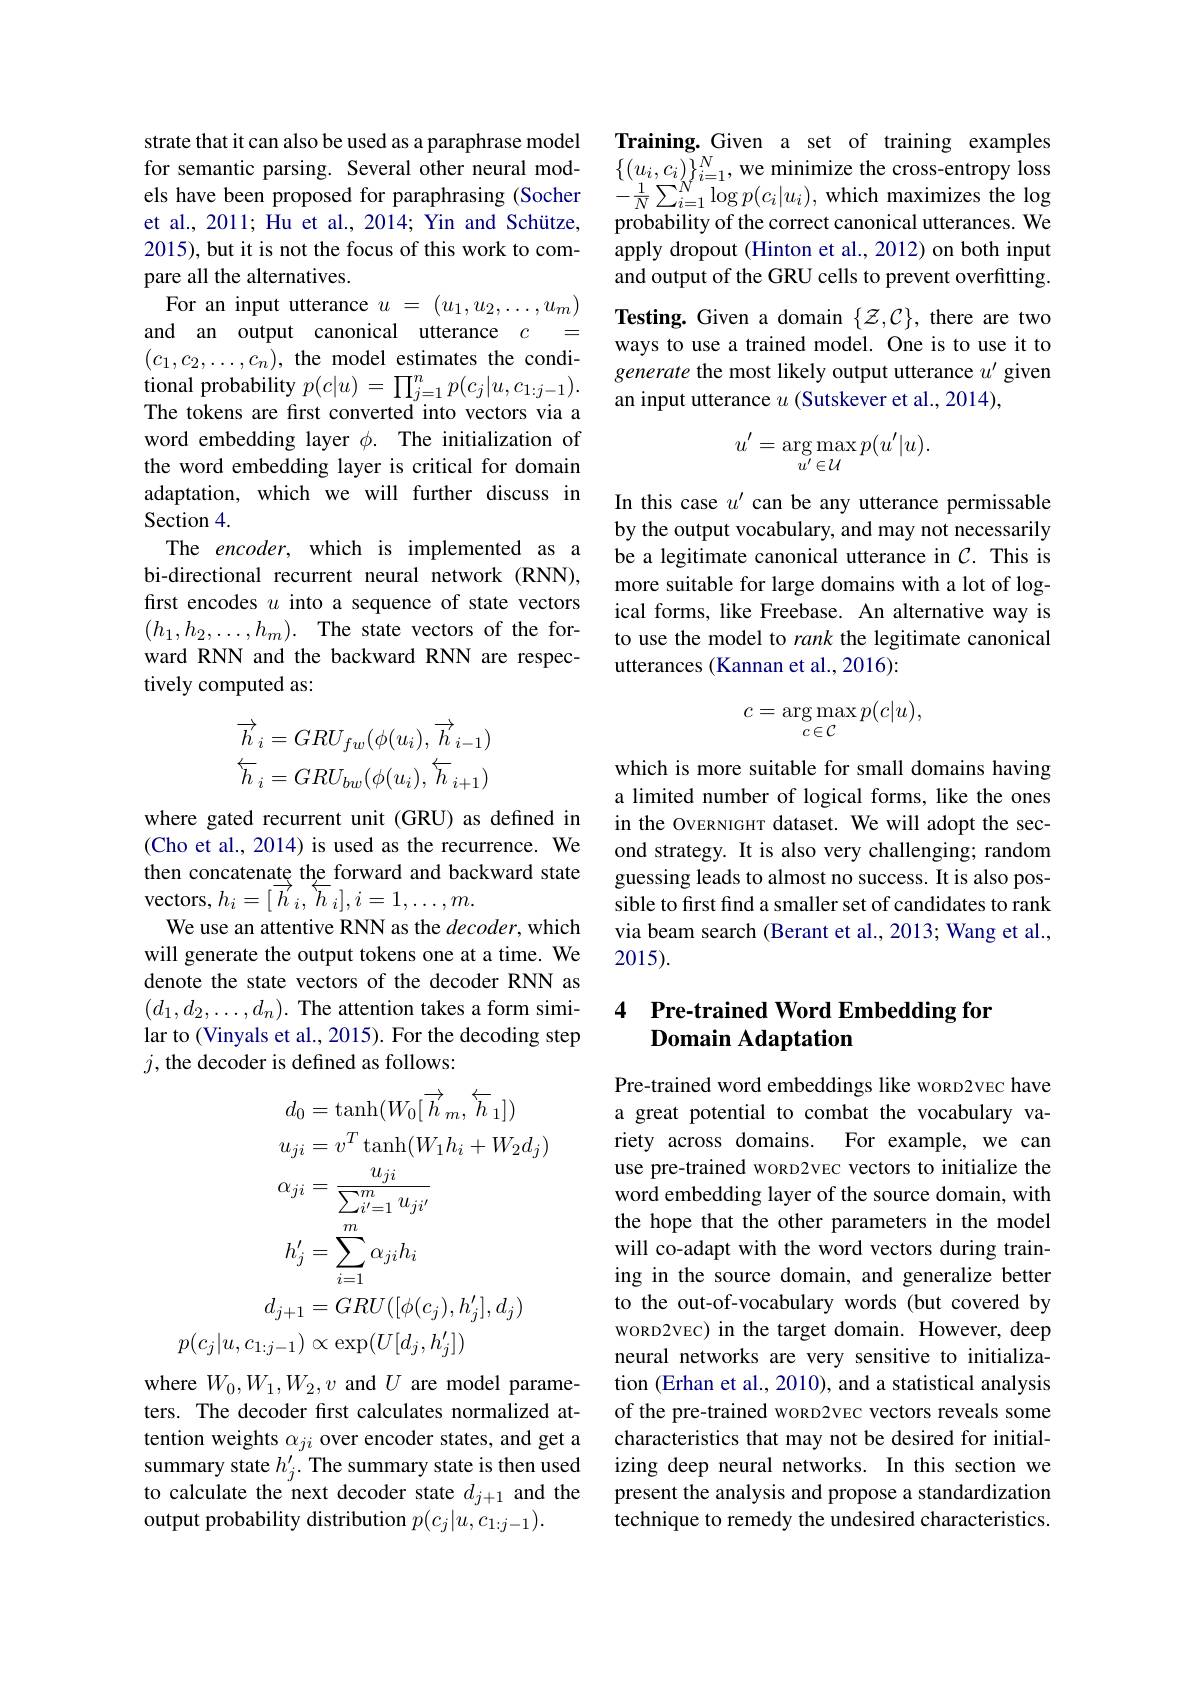
strate that it can also be used as a paraphrase model for semantic parsing. Several other neural models have been proposed for paraphrasing (Socher et al., 2011; Hu et al., 2014; Yin and Schütze, 2015), but it is not the focus of this work to compare all the alternatives.
For an input utterance $u=(u_1,u_2,\ldots,u_m)$ and an output canonical utterance $c$ = $(c_1,c_2,\ldots,c_n)$, the model estimates the conditional probability $p(c|u)=\prod_{j=1}^np(c_j|u,c_{1:j-1}).$ The tokens are first converted into vectors via a word embedding layer $\phi.$ The initialization of the word embedding layer is critical for domain adaptation, which we will further discuss in Section 4.
The encoder, which is implemented as a bi-directional recurrent neural network (RNN), first encodes $u$ into a sequence of state vectors $(h_1,h_2,\ldots,h_m).$ The state vectors of the forward RNN and the backward RNN are respectively computed as:
$$\begin{aligned}\overrightarrow{h}_i&=GRU_{fw}(\phi(u_i),\overrightarrow{h}_{i-1})\\\overleftarrow{h}_i&=GRU_{bw}(\phi(u_i),\overleftarrow{h}_{i+1})\end{aligned}$$
where gated recurrent unit (GRU) as defined in (Cho et al., 2014) is used as the recurrence. We then concatenate the forward and backward state vectors, $h_i=[\stackrel{\rightarrow}{h}_i,\stackrel{\leftarrow}{h}_i],i=1,\ldots,m.$
We use an attentive RNN as the decoder, which will generate the output tokens one at atime. We denote the state vectors of the decoder RNN as $(d_1,d_2,\ldots,d_n).$ The attention takes a form similar to (Vinyals et al., 2015). For the decoding step $j$,the decoder is defined as follows:
$$\begin{aligned}&d_{0}=\mathrm{tanh}(W_{0}[\overrightarrow{h}_{m},\overleftarrow{h}_{1}])\\&u_{ji}=v^{T}\mathrm{tanh}(W_{1}h_{i}+W_{2}d_{j})\\&\alpha_{ji}=\frac{u_{ji}}{\sum_{i^{\prime}=1}^{m}u_{ji^{\prime}}}\\&h_{j}^{\prime}=\sum_{i=1}^{m}\alpha_{ji}h_{i}\\&d_{j+1}=GRU([\phi(c_{j}),h_{j}^{\prime}],d_{j})\\&p(c_{j}|u,c_{1:j-1})\propto\exp(U[d_{j},h_{j}^{\prime}])\end{aligned}$$
where $W_0,W_1,W_2,v$ and $U$ are model parameters. The decoder first calculates normalized attention weights $\alpha_ji$ over encoder states, and get a output probability distribution $p(c_j|u,c_{1:j-1}).$

Training.Given a set of training examples $\{(u_{i},c_{i})\}_{i=1}^{N}$,we minimize the cross-entropy loss $-\frac{1}{N}\sum_{i=1}^{N}\log p(c_{i}|u_{i})$,which maximizes the log probability of the correct canonical utterances. We apply dropout (Hinton et al., 2012) on both input and output of the GRU cells to prevent overfitting. Testing. Given a domain $\{\mathcal{Z},\mathcal{C}\}$, there are two ways to use a trained model. One is to use it to generate the most likely output utterance $u^\prime$ given an input utterance $u$ (Sutskever et al.,2014),
$$u'=\underset{u'\in\mathcal{U}}{\arg\max}p(u'|u).$$
In this case $u^{\prime}$ can be any utterance permissable by the output vocabulary, and may not necessarily be a legitimate canonical utterance in $C.$ This is more suitable for large domains with a lot of logical forms, like Freebase. An alternative way is to use the model to rank the legitimate canonical utterances (Kannan et al., 2016):
$$c=\arg\max_{c\in\mathcal{C}}p(c|u),$$
which is more suitable for small domains having a limited number of logical forms, like the ones in the OvERNIGHT dataset. We will adopt the second strategy. It is also very challenging; random guessing leads to almost no success. It is also possible to frst find a smaller set of candidates to rank via beam search (Berant et al., 2013; Wang et al., 2015).

### 4 Pre-trained Word Embedding for Domain Adaptation

Pre-trained word embeddings like woRD2vEc have a great potential to combat the vocabulary variety across domains. For example, we can use pre-trained wokD2vEc vectors to initialize the word embedding layer of the source domain, with the hope that the other parameters in the model will co-adapt with the word vectors during training in the source domain, and generalize better to the out-of-vocabulary words (but covered by WORD2VEC) in the target domain. However, deep neural networks are very sensitive to initialization (Erhan et al., 2010), and a statistical analysis of the pre-trained woRD2VEC vectors reveals some characteristics that may not be desired for initial-
summary state $h_j^{\prime}.$ The summary state is then used izing deep neural networks. In this section we to calculate the next decoder state $d_j+1$ and the present the analysis and propose a standardization
technique to remedy the undesired characteristics.